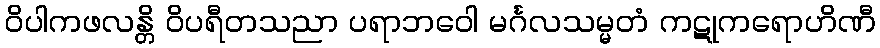
ဝိပါကဖလန္တိ ဝိပရီတသညာ ပရာဘဝေါ မင်္ဂလသမ္မတံ ကဋုကရောဟိဏီ